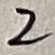
Text: 2